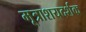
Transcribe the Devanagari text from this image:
मूत्राशयदर्शक